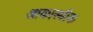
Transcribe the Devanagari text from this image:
आकास्मीक